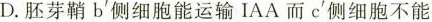
D.胚芽鞘b侧细胞能运输IAA而c'侧细胞不能